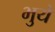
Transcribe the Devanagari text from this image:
भुये